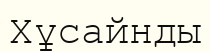
Хұсайнды